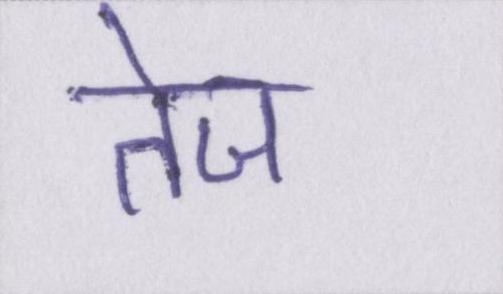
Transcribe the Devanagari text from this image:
तेज